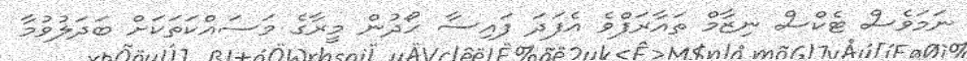
ނަމަވެސް ޓެކްސް ނިޒާމް ތައާރަފްވެ އެފަދަ ފައިސާ ހޯދުން މީރާގެ މަސައްކަތަކަށް ބަދަލުވުމާ